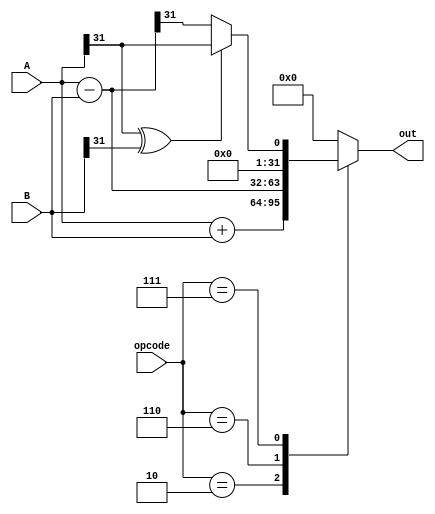
module arithmetic (A, B, opcode, out);
    input[31:0] A, B;
    input [2:0] opcode;
    output [31:0] out;
    reg [31:0] out;
    reg [31:0] aux;

    parameter add = 3'b010, sub = 3'b110, slt = 3'b111;
    always @ (A or B or opcode) begin
        casex (opcode)
            add: out = A + B;
            sub: out = A - B;
            slt: begin if (A[31] ^ B[31])
                     out = A[31];
                    else begin
                        aux = A-B;
                        out = aux[31];
                    end
                 end
            default: out = 31'b0;
        endcase
    end

endmodule